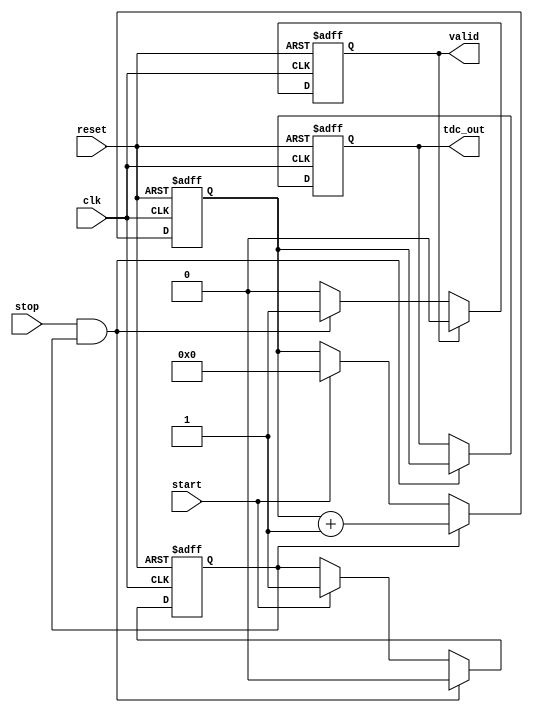
module TDC_Vernier_Delay_Line (
    input wire clk,            // System clock
    input wire reset,          // Reset signal
    input wire start,          // START signal
    input wire stop,           // STOP signal
    output reg [15:0] tdc_out, // Time interval output
    output reg valid           // Output valid signal
);

// Parameters for the number of delay lines and their increments
parameter NUM_DELAY_LINES = 8;
parameter DELAY_INCREMENT = 1; // Adjust based on actual delay line increments

// Internal signals
reg [NUM_DELAY_LINES-1:0] delay_lines; // Delay line states
reg [15:0] counter;                     // Digital counter
reg sampling;                           // Sampling flag

// Initialize the TDC
always @(posedge clk or posedge reset) begin
    if (reset) begin
        counter <= 0;
        tdc_out <= 0;
        valid <= 0;
        delay_lines <= 0;
        sampling <= 0;
    end else begin
        // Initialize the counter on START signal
        if (start) begin
            counter <= 0;
            delay_lines <= 0; // Reset delay lines
            sampling <= 1; // Enable sampling
        end
        
        // Increment the counter while START is active
        if (sampling) begin
            counter <= counter + 1;
            // Simulate the delay lines being activated based on counter
            if (counter < NUM_DELAY_LINES) begin
                delay_lines[counter] <= 1'b1; // Activate delay line
            end
        end
        
        // Capture the state on STOP signal
        if (stop && sampling) begin
            tdc_out <= counter; // Capture the counter value
            valid <= 1; // Indicate valid output
            sampling <= 0; // Disable sampling
        end
        
        // Reset valid signal after one clock cycle
        if (valid) begin
            valid <= 0;
        end
    end
end

endmodule